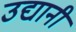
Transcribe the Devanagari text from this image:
उद्यानी